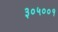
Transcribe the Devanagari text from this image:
३०५००१